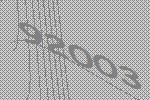
92003